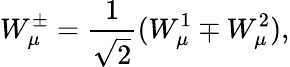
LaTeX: W_{\mu}^{\pm}=\frac{1}{\sqrt{2}}(W_{\mu}^{1}\mp W_{\mu}^{2}),